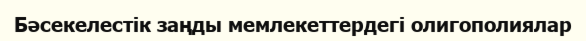
Бәсекелестік заңды мемлекеттердегі олигополиялар